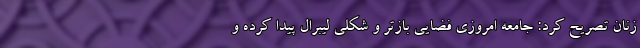
زنان تصریح کرد: جامعه امروزی فضایی بازتر و شکلی لیبرال پیدا کرده و